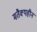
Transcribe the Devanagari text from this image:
मतैक्यहीन